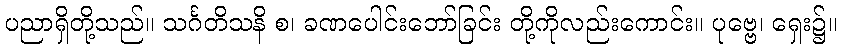
ပညာရှိတို့သည်။ သင်္ဂတိသနိ စ၊ ခဏပေါင်းဘော်ခြင်း တို့ကိုလည်းကောင်း။ ပုဗ္ဗေ၊ ရှေး၌။